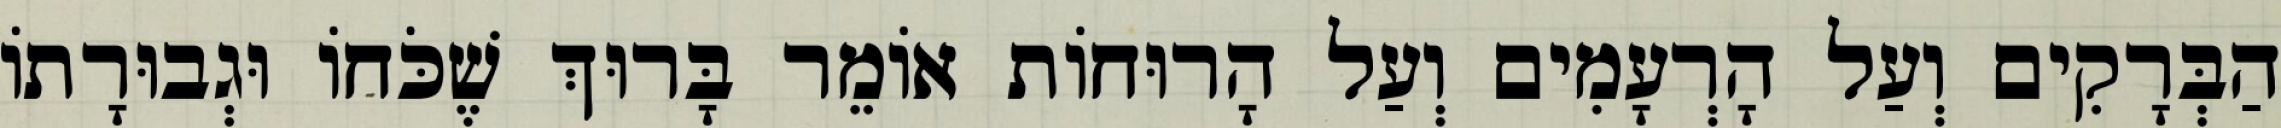
הַבְּרָקִים וְעַל הָרְעָמִים וְעַל הָרוּחוֹת אוֹמֵר בָּרוּךְ שֶׁכֹּחוֹ וּגְבוּרָתוֹ